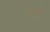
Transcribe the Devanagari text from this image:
उर्डने